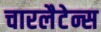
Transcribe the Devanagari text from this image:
चारलैटेन्स